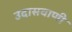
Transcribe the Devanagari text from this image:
उदासवाणी